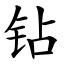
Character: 钻